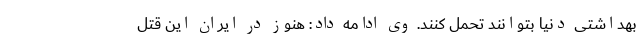
بهداشتی دنیا بتوانند تحمل کنند. وی ادامه داد: هنوز در ایران این قتل